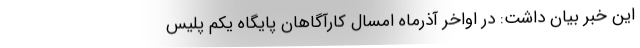
این خبر بیان داشت: در اواخر آذرماه امسال کارآگاهان پایگاه یکم پلیس